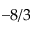
- 8 / 3